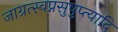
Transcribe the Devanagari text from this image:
जाग्रत्स्वप्नसुषुप्त्यादि